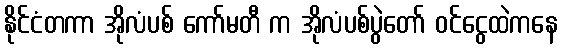
နိုင်ငံတကာ အိုလံပစ် ကော်မတီ က အိုလံပစ်ပွဲတော် ဝင်ငွေထဲကနေ